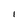
Character: I